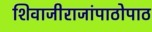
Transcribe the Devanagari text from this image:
शिवाजीराजांपाठोपाठ